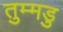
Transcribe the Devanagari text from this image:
तुम्मडु